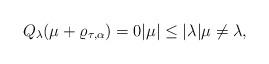
LaTeX: \begin{align*}Q_\lambda(\mu+\varrho_{\tau,\alpha})=0|\mu|\leq |\lambda|\mu\neq \lambda,\end{align*}